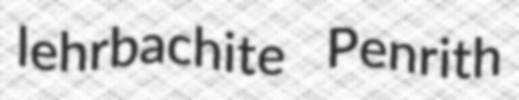
lehrbachite Penrith